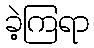
ခဲ့ကြရာ